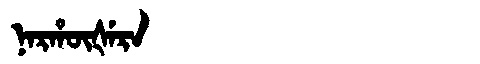
Manchu: ᠨᠠᡵᡥᡡᡧᡝᡵᠠ
Romanization: NARHŪŠERA